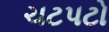
ચટપટો